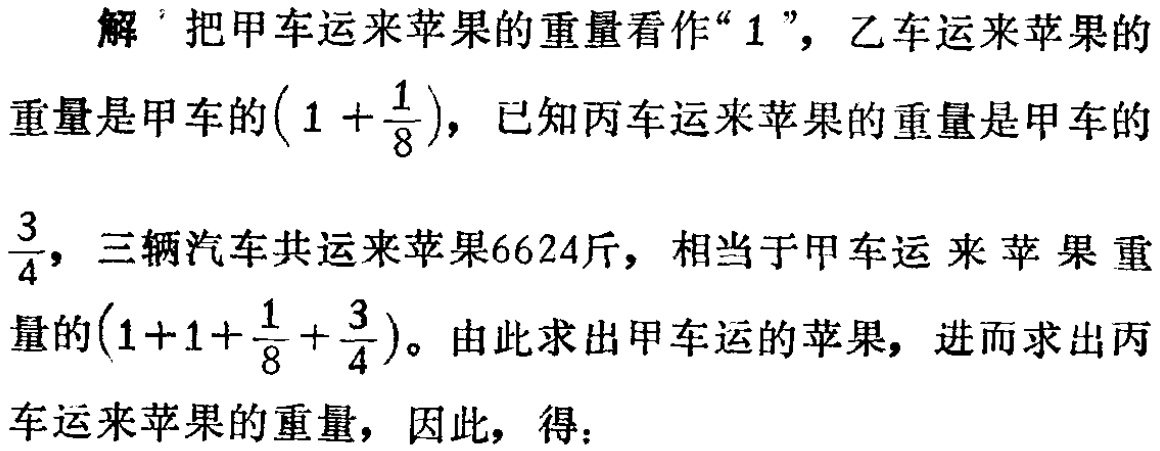
解 把甲车运来苹果的重量看作“$1$”，乙车运来苹果的

重量是甲车的$\left(1 + \dfrac{1}{8}\right)$，已知丙车运来苹果的重量是甲车的

$\dfrac{3}{4}$，三辆汽车共运来苹果6624斤，相当于甲车运来苹果重

量的$\left(1+1+\dfrac{1}{8}+\dfrac{3}{4}\right)$。由此求出甲车载的苹果，进而求出丙

车运来苹果的重量，因此，得：